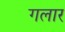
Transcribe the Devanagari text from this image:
गलार